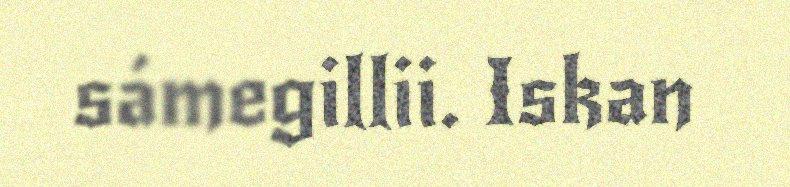
sámegillii. Iskan